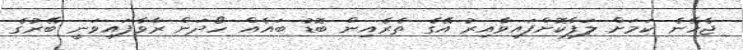
ޖެހޭނެ ކަމަށް ލަފާކޮށްފައިވާއިރު އޭގެ ތެރެއިން ބޮޑު ބައެއް ހޯދަން ރާވާފައިވަނީ ބޭރުގެ